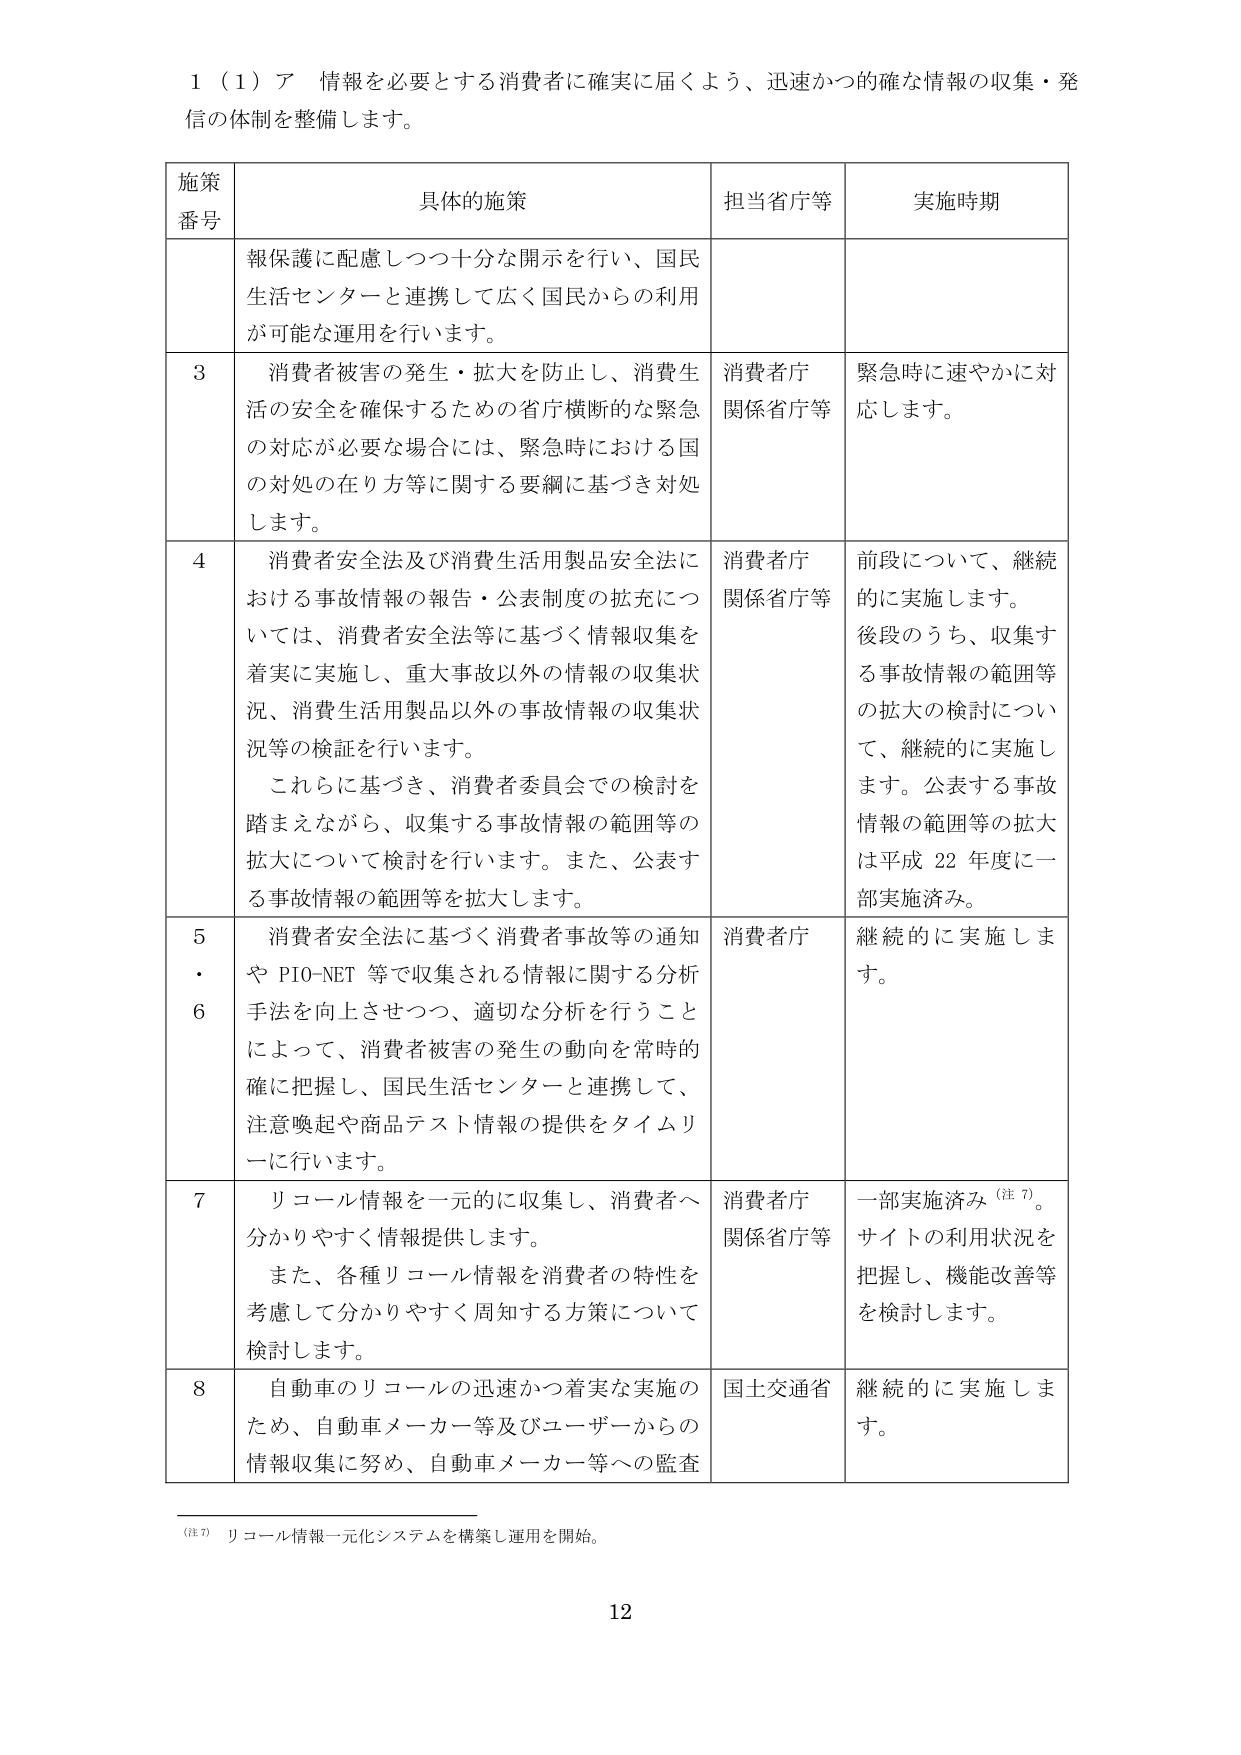
1（1）ア 情報を必要とする消費者に確実に届くよう、迅速かつ的確な情報の収集・発信の体制を整備します。

施策番号 具体的施策 担当省庁等 実施時期

報保護に配慮しつつ十分な開示を行い、国民生活センターと連携して広く国民からの利用が可能な運用を行います。

3 消費者被害の発生・拡大を防止し、消費生活の安全を確保するための省庁横断的な緊急の対応が必要な場合には、緊急時における国の対処の在り方等に関する要綱に基づき対処します。 消費者庁関係省庁等 緊急時に速やかに対応します。

4 消費者安全法及び消費生活用製品安全法における事故情報の報告・公表制度の拡充については、消費者安全法等に基づく情報収集を着実に実施し、重大事故以外の情報の収集状況、消費生活用製品以外の事故情報の収集状況等の検証を行います。 これらに基づき、消費者委員会での検討を踏まえながら、収集する事故情報の範囲等の拡大について検討を行います。また、公表する事故情報の範囲等を拡大します。 消費者庁関係省庁等 前段について、継続的に実施します。 後段のうち、収集する事故情報の範囲等の拡大の検討について、継続的に実施します。公表する事故情報の範囲等の拡大は平成22年度に一部実施済み。

5・6 消費者安全法に基づく消費者事故等の通知やPIO-NET等で収集される情報に関する分析手法を向上させつつ、適切な分析を行うことによって、消費者被害の発生の動向を常時的確に把握し、国民生活センターと連携して、注意喚起や商品テスト情報の提供をタイムリーに行います。 消費者庁 継続的に実施します。

7 リコール情報を一元的に収集し、消費者へ分かりやすく情報提供します。 また、各種リコール情報を消費者の特性を考慮して分かりやすく周知する方策について検討します。 消費者庁関係省庁等 一部実施済み（注7）。 サイトの利用状況を把握し、機能改善等を検討します。

8 自動車のリコールの迅速かつ着実な実施のため、自動車メーカー等及びユーザーからの情報収集に努め、自動車メーカー等への監査 国土交通省 継続的に実施します。

（注7）リコール情報一元化システムを構築し運用を開始。

12